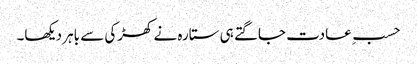
حسبِ عادت جاگتے ہی ستارہ نے کھڑکی سے باہر دیکھا۔